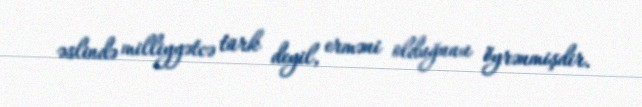
əslində milliyyətcə türk deyil, erməni olduğunu öyrənmişdir.